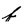
Character: f